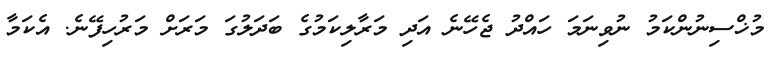
މުޚްސިނުންކަމު ނުވިނަމަ ހައްދު ޖެހޭނެ އަދި މަރާލިކަމުގެ ބަދަލުގަ މަރަށް މަރުހިފޭނެ. އެކަމާ